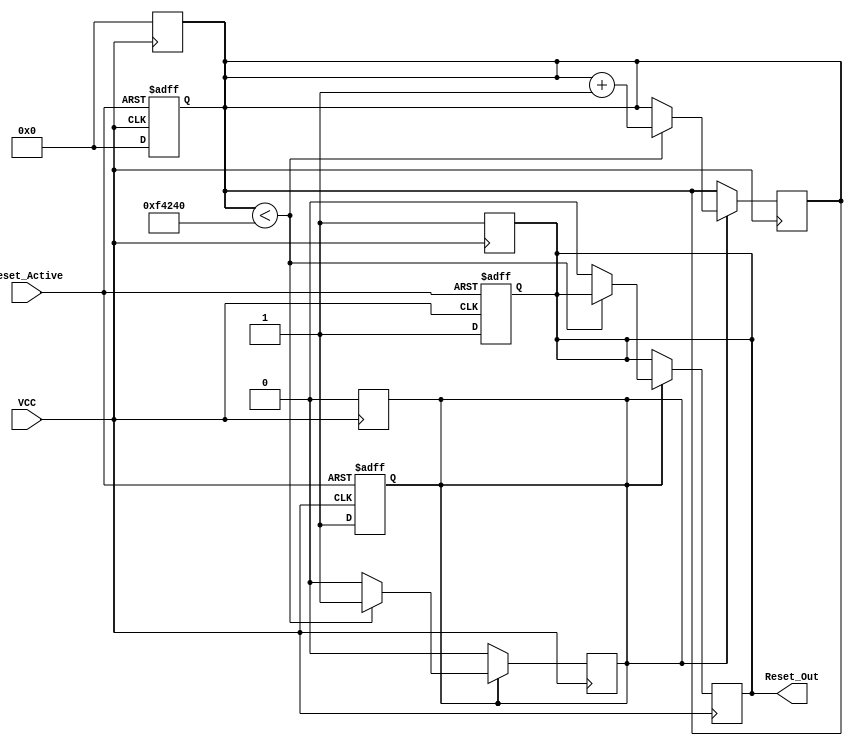
module PowerOnReset (
    input wire VCC,               // Power supply voltage signal
    input wire Reset_Active,      // Control signal for manual reset
    output reg Reset_Out          // Output reset signal
);

    parameter RESET_DURATION = 1000000; // Duration of reset in clock cycles (adjust as needed)
    reg [19:0] counter;              // Counter for delay
    reg timer_running;               // Flag to indicate if timer is running

    // State machine for reset logic
    always @(posedge VCC or posedge Reset_Active) begin
        if (Reset_Active) begin
            Reset_Out <= 1'b1;      // Assert reset when Reset_Active is high
            counter <= 0;           // Reset counter
            timer_running <= 0;     // Stop timer
        end else if (VCC) begin
            // Power is stable, start the reset sequence
            Reset_Out <= 1'b1;      // Assert reset initially
            counter <= 0;           // Initialize counter
            timer_running <= 1;      // Start timer
        end
    end

    // Timer logic
    always @(posedge VCC) begin
        if (timer_running) begin
            if (counter < RESET_DURATION) begin
                counter <= counter + 1; // Increment counter
            end else begin
                Reset_Out <= 1'b0;      // Deassert reset after duration
                timer_running <= 0;      // Stop timer
            end
        end
    end

    // Fault tolerance: Monitor VCC drop
    always @(negedge VCC) begin
        Reset_Out <= 1'b1;              // Assert reset if VCC drops
        counter <= 0;                   // Reset counter
        timer_running <= 0;             // Stop timer
    end

endmodule